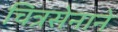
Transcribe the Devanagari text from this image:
चित्रसेनाने